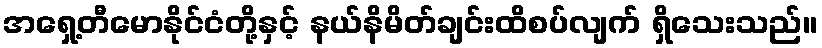
အရှေ့တီမောနိုင်ငံတို့နှင့် နယ်နိမိတ်ချင်းထိစပ်လျက် ရှိသေးသည်။